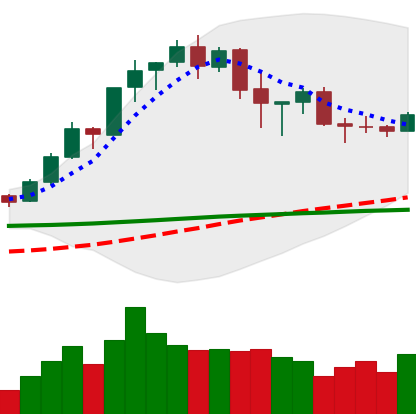
Ticker: BNB-USD
Chart end date: 2020-02-23
Forward return: -17.408%
Label: down_7plus